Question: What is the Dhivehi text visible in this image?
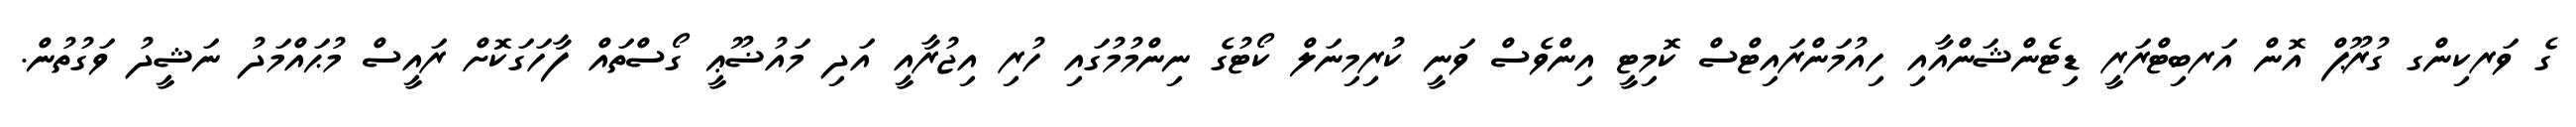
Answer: ގެ ވަރކިންގ ގުރޫޕް އޮން އަރބިޓްރަރީ ޑިޓެންޝަންއާއި ހިއުމަންރައިޓްސް ކޮމިޓީ އިންވެސް ވަނީ ކުރިމިނަލް ކޯޓުގެ ނިންމުމުގައި ހުރި އިޖުރާއީ އަދި މައުޟޫޢީ ގޯސްތައް ފާހަގަކޮށް ރައީސް މުޙައްމަދު ނަޝީދު ވަގުތުން.